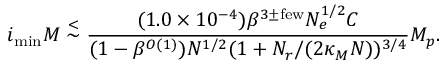
i _ { \mathrm { m i n } } M \stackrel { < } { \sim } \frac { ( 1 . 0 \times 1 0 ^ { - 4 } ) \beta ^ { 3 \pm \mathrm { f e w } } N _ { e } ^ { 1 / 2 } { \cal C } } { ( 1 - \beta ^ { O ( 1 ) } ) N ^ { 1 / 2 } ( 1 + N _ { r } / ( 2 \kappa _ { M } N ) ) ^ { 3 / 4 } } M _ { p } .